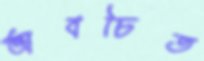
অবচিত